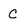
Character: c